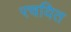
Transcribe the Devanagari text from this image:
रचयित